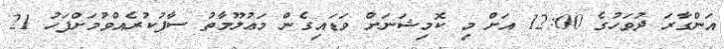
އަންގާރަ ދުވަހުގެ 12:00 އަށް މި ކޮމިޝަނަށް ވަޑައިގެން މަޢުލޫމާތު ސާފުކުރެއްވުމަށްފަހު 21